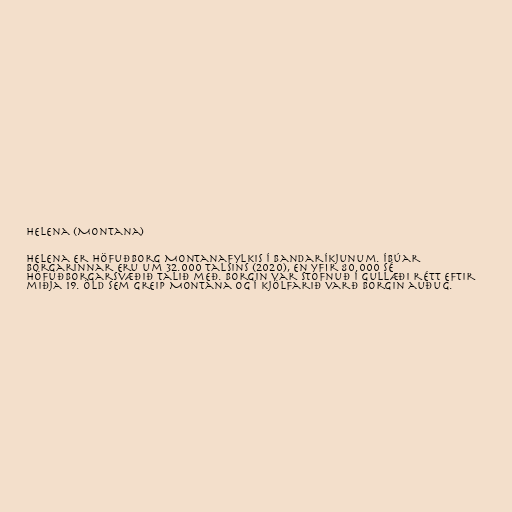
Helena (Montana)

Helena er höfuðborg Montanafylkis í Bandaríkjunum. Íbúar
borgarinnar eru um 32.000 talsins (2020), en yfir 80.000 sé
höfuðborgarsvæðið talið með. Borgin var stofnuð í gullæði rétt eftir
miðja 19. öld sem greip Montana og í kjölfarið varð borgin auðug.